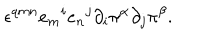
\epsilon ^ { q m n } { e _ { m } } ^ { i } { e _ { n } } ^ { j } \partial _ { i } \pi ^ { \alpha } \partial _ { j } \pi ^ { \beta } .